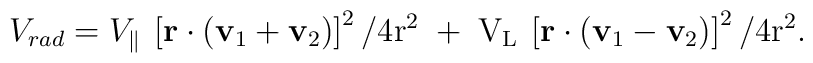
V_{rad} = V_{\|}\:\left[\bf r \cdot \left(v_{\rm 1 } + v_{\rm 2} \right)\right]^{\rm 2} / 4 \rm r^{2} \; + \; V_{L} \:\left[\bf r \cdot \left(v_{\rm 1} - v_{\rm 2} \right) \right]^{\rm 2} / 4 \rm r^{2}.